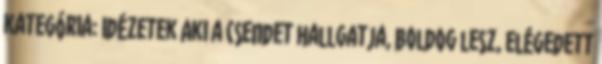
kategória: Idézetek Aki a csendet hallgatja, boldog lesz, elégedett